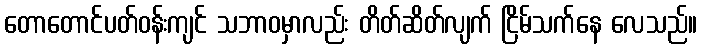
တောတောင်ပတ်ဝန်းကျင် သဘာဝမှာလည်း တိတ်ဆိတ်လျက် ငြိမ်သက်နေ လေသည်။